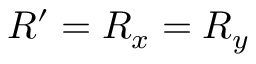
R ^ { \prime } = R _ { x } = R _ { y }